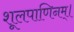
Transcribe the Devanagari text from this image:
शूलपाणिनम्।